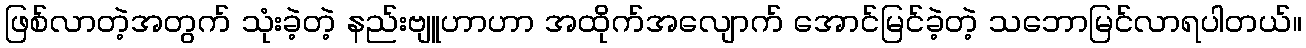
ဖြစ်လာတဲ့အတွက် သုံးခဲ့တဲ့ နည်းဗျူဟာဟာ အထိုက်အလျောက် အောင်မြင်ခဲ့တဲ့ သဘောမြင်လာရပါတယ်။